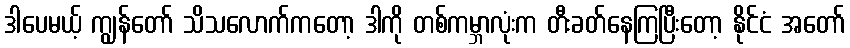
ဒါပေမယ့် ကျွန်တော် သိသလောက်ကတော့ ဒါကို တစ်ကမ္ဘာလုံးက တီးခတ်နေကြပြီးတော့ နိုင်ငံ အတော်